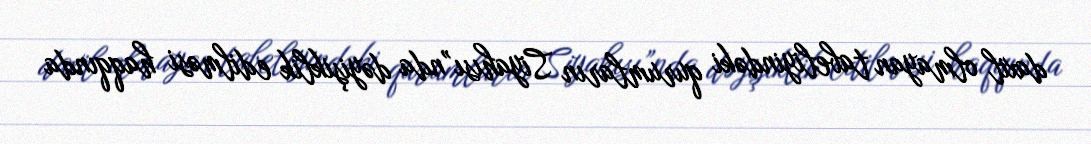
daxil olmayan tabeliyindəki qurumların Siyahısı”nda dəyişiklik edilməsi haqqında